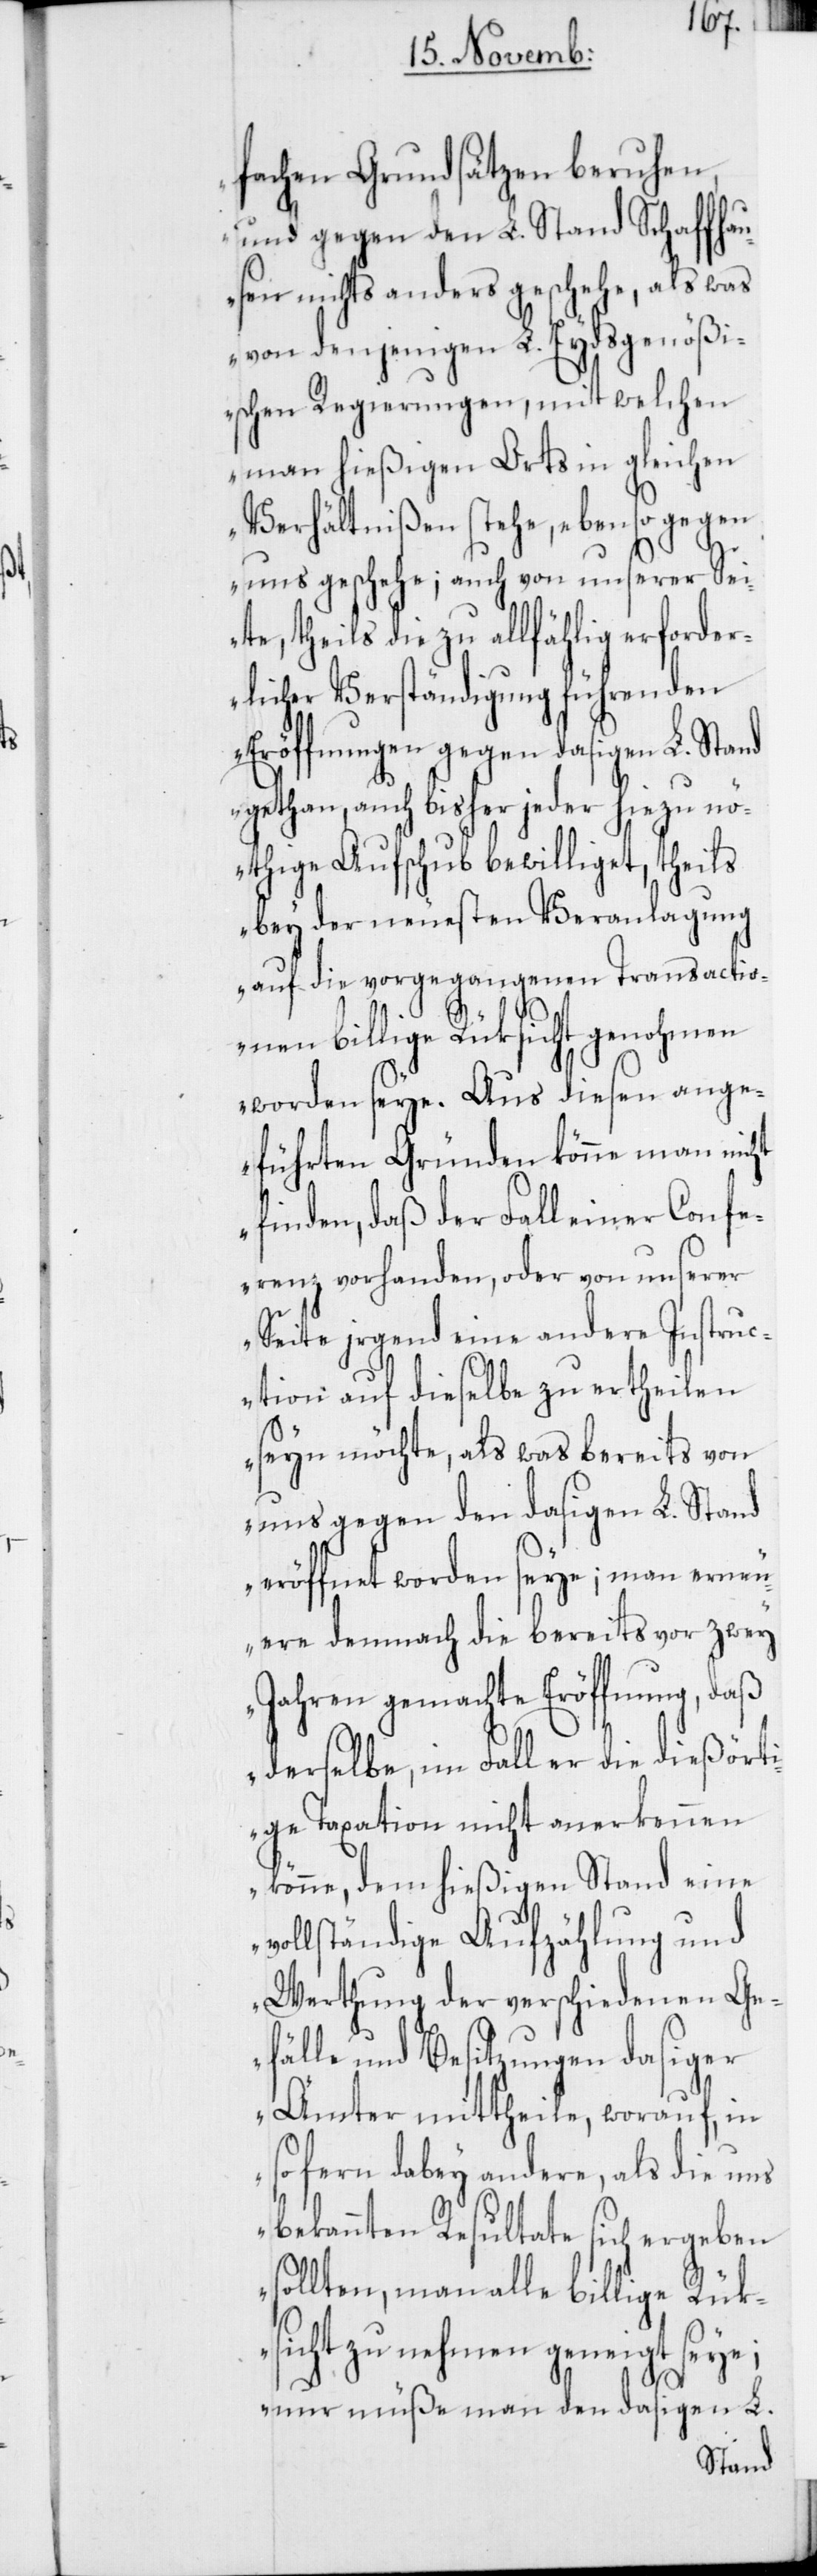
fachen Grundsätzen beruhen,
und gegen den L. Stand Schaffhau¬
sen nichts anders geschehe, als was
von denjenigen L. Eydsgenößi¬
schen Regierungen, mit welchen
man hießigen Orts in gleichen
Verhältnißen stehe, eben so gegen
uns geschehe; auch von unserer Sei¬
te, theils die zu allfählig erforder¬
licher Verständigung führenden
Eröffnungen gegen dasigen L. Stand
gethan, auch bisher jeder hiezu nö¬
thige Aufschub bewilliget, theils
bey der neuesten Veranlagung
auf die vorgegangenen Transactio¬
nen billige Rüksicht genohmen
worden seye. Aus diesen ange¬
führten Gründen könne man nicht
finden, daß der Fall einer Confe¬
renz vorhanden, oder von unserer
Seite irgend eine andere Instruc¬
tion auf dieselbe zu ertheilen
seyn möchte, als was bereits von
uns gegen den dasigen L. Stand
eröffnet worden seye; man erneu¬
ere demnach die bereits vor zwey
Jahren gemachte Eröffnung, daß
derselbe, im Fall er die dießörti¬
ge Taxation nicht anerkennen
könne, dem hießigen Stand eine
vollständige Aufzählung und
Werthung der verschiedenen Ge¬
fälle und Besitzungen dasiger
Ämter mittheile, worauf, in
so fern dabey andere, als die uns
bekannten Resultate sich ergeben
sollten, man alle billige Rük¬
sicht zu nehmen geneigt seye;
nur müße man den dasigen L.